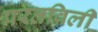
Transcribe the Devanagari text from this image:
परतविली